Civil Veterinary Dept. Assam report 1911-1927 - 1911-1927
Year: 1911
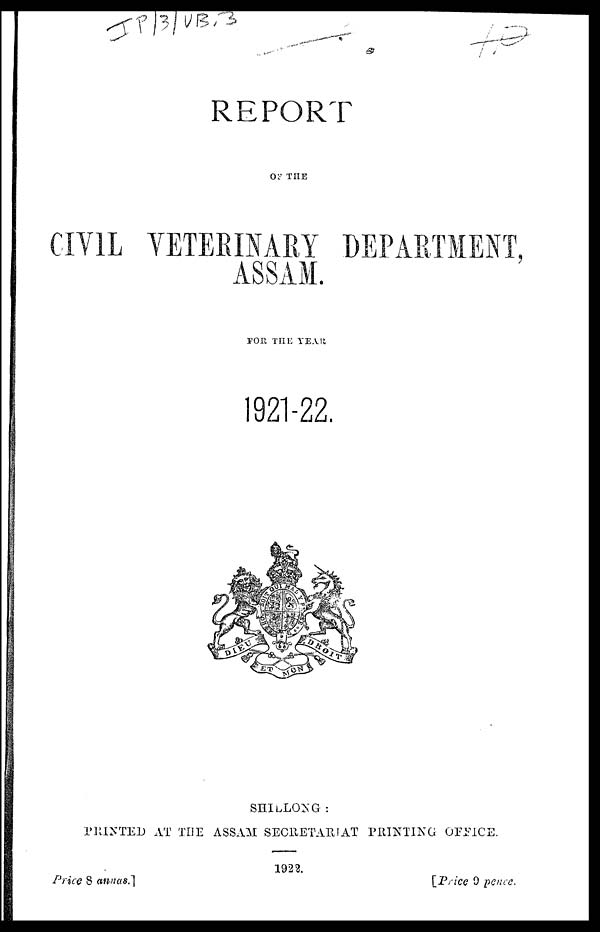
REPORT
OF THE
CIVIL VETERINARY DEPARTMENT,
ASSAM.
FOR THE YEAR
1921-22.
SHILLONG :
PRINTED AT THE ASSAM SECRETARIAT PRINTING OFFICE.
1922.
Price 8 annas.]
[Price 9 pence.